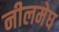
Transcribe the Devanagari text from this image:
नीलमेघ